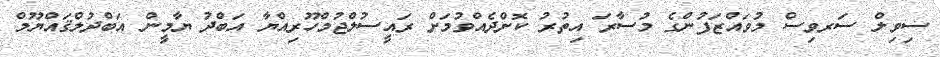
ސިވިލް ސަރވިސް މުވައްޒަފުންގެ މުސާރަ އިތުރު ކޮށްދެއްވުމަށް ރައީސުލްޖުމްހޫރިއްޔާ އަބްދު ޔާމީން އަބްދުލްޤައްޔޫމް